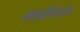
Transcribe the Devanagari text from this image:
कार्बापेनम